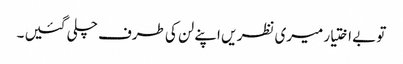
تو بے اختیار میری نظر یں اپنے لن کی طرف چلی گئیں ۔